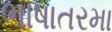
ભાષાતરમા